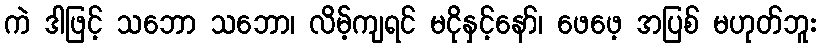
ကဲ ဒါဖြင့် သဘော သဘော၊ လိမ့်ကျရင် မငိုနှင့်နော်၊ ဖေဖေ့ အပြစ် မဟုတ်ဘူး